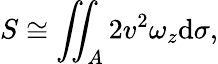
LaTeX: S\cong\iint_{A}2v^{2}\omega_{z}\mathrm{d}\sigma,